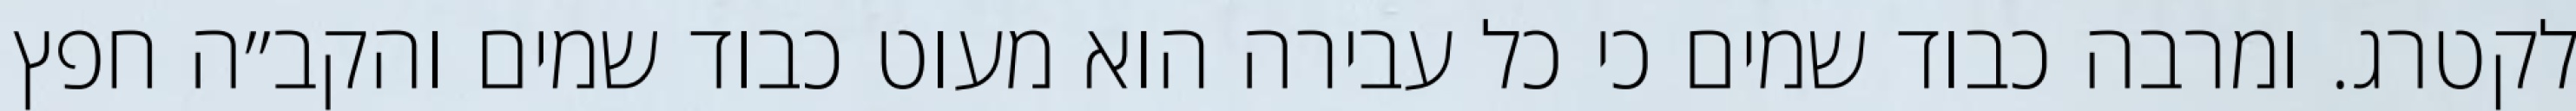
לקטרג. ומרבה כבוד שמים כי כל עבירה הוא מעוט כבוד שמים והקב״ה חפץ